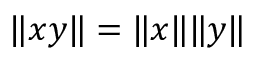
\| x y \| = \| x \| \| y \|